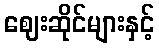
ဈေးဆိုင်များနှင့်